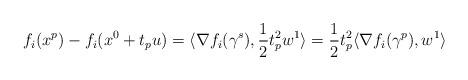
LaTeX: \begin{align*}f_i(x^p)-f_i(x^0+t_pu)=\langle \nabla f_i(\gamma^s), \frac12t_p^2w^1\rangle=\frac12t_p^2\langle \nabla f_i(\gamma^p), w^1\rangle \end{align*}